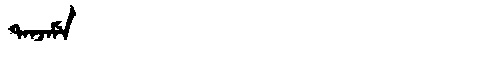
Manchu: ᡨᠠᠨᠵᠠᠮᡝ
Romanization: TANJAME